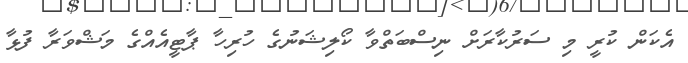
އެކަން ކުރީ މި ސަރުކާރަށް ނިސްބަތްވާ ކޯލިޝަނުގެ ހުރިހާ ޕާޓީއެއްގެ މަޝްވަރާ ފުޅާ